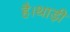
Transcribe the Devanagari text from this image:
है।थाड़ी